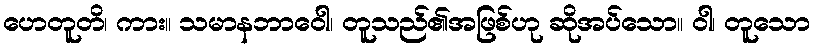
ဟေတူတိ၊ ကား။ သမာနဘာဝေါ၊ တူသည်၏အဖြစ်ဟု ဆိုအပ်သော။ ဝါ၊ တူသော